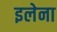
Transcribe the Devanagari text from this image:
इलेना